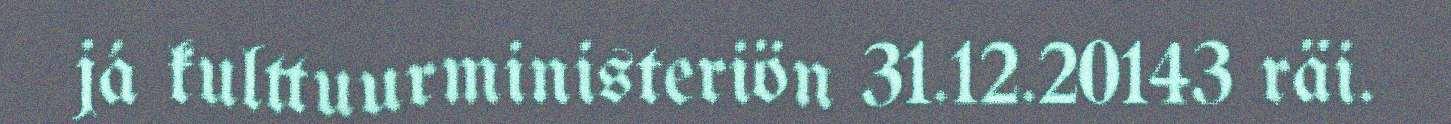
já kulttuurministeriön 31.12.20143 räi.